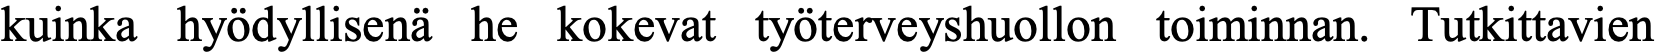
kuinka hyödyllisenä he kokevat työterveyshuollon toiminnan. Tutkittavien